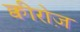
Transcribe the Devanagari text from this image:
क्वीरोज़